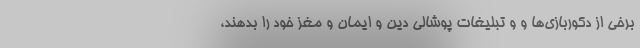
برخی از دکوربازی‌ها و و تبلیغات پوشالی دین و ایمان و مغز خود را بدهند،